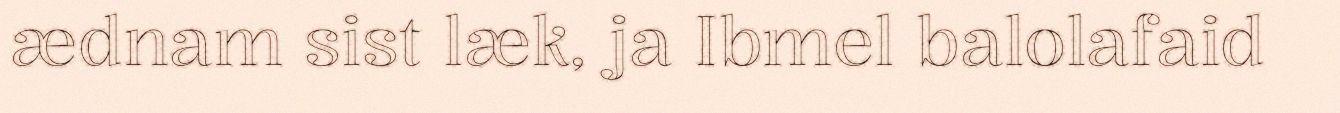
ædnam sist læk, ja Ibmel balolafaid